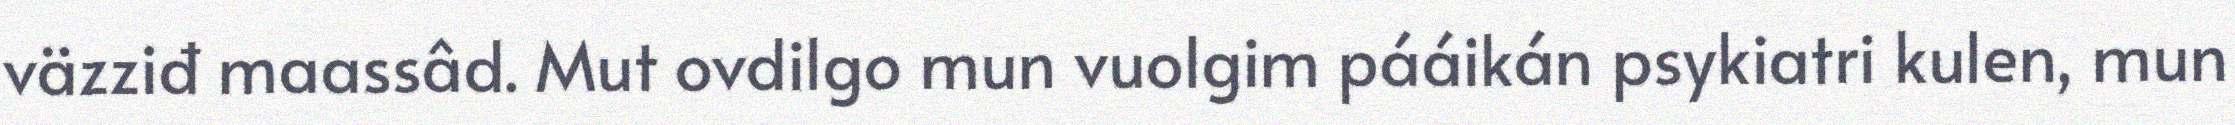
väzziđ maassâd. Mut ovdilgo mun vuolgim pááikán psykiatri kulen, mun